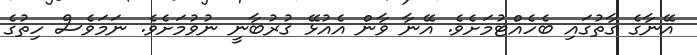
އޭނާގެ ގާތުގައި ބެހެއްޓުމަށެވެ. އޭނާ ވާން އެއުޅޭ ޤުރުބާނީ ނުވުމަށެވެ. ނަމަވެސް ހިތުގެ